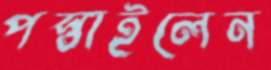
পস্তাইলেন